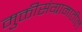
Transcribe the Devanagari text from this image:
मुक्तीसंग्रामातील